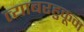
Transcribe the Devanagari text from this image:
त्याबरहुकूम